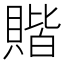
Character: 𫎝